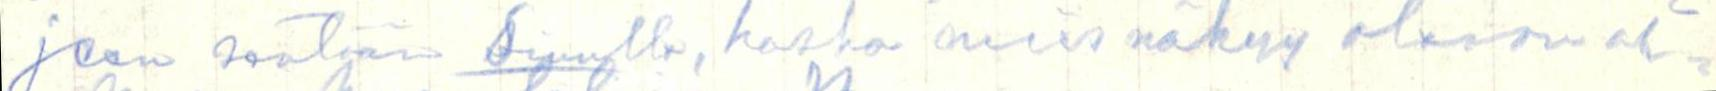
jeen sentään sinulle, koska mies näkyy olevan ah-